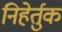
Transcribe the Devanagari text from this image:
निहेर्तुक